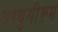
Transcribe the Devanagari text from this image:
अथ्थुमीरूम